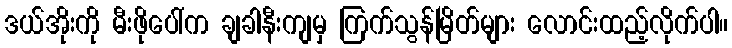
ဒယ်အိုးကို မီးဖိုပေါ်က ချခါနီးကျမှ ကြက်သွန်မြိတ်များ လောင်းထည့်လိုက်ပါ။